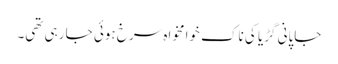
جاپانی گڑیا کی ناک خوامخواہ سرخ ہوئی جا رہی تھی۔